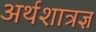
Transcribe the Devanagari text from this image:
अर्थशात्रज्ञ